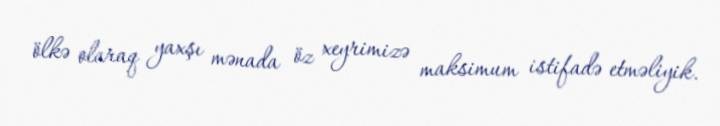
ölkə olaraq yaxşı mənada öz xeyrimizə maksimum istifadə etməliyik.